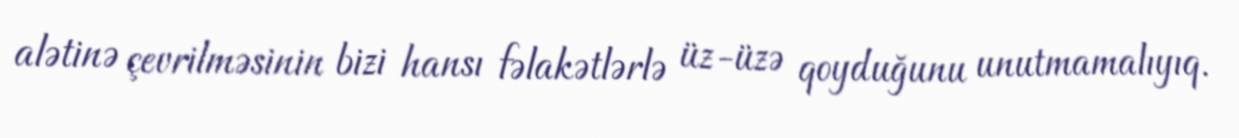
alətinə çevrilməsinin bizi hansı fəlakətlərlə üz-üzə qoyduğunu unutmamalıyıq.